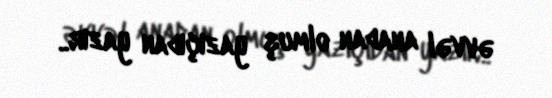
əvvəl anadan olmuş yazıçıdan yazır..